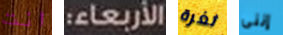
انت الأربعاء: ثغرة إننى